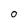
Character: 0